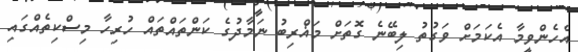
އެހެންވީމާ އެކަމަށް ވަގުތު ލިބޭނެ ގޮތަށް މަޣްރިބު ނަމާދުގެ ކަންތައްތައް ހުރިހާ މިސްކިތެއްގައި